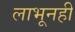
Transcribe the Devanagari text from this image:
लाभूनही